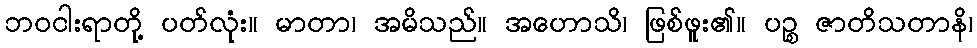
ဘဝငါးရာတို့ ပတ်လုံး။ မာတာ၊ အမိသည်။ အဟောသိ၊ ဖြစ်ဖူး၏။ ပဉ္စ ဇာတိသတာနိ၊